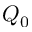
Q _ { 0 }